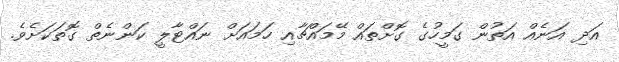
އަދި އަނެއް އަތުން ގަމީހުގެ ގޮށްތައް މޭމައްޗާއި ހަމައަށް ނައްޓާލީ ކަންނެތް ގޮތަކަށެވެ.